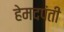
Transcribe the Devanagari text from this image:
हेमदपंती